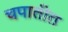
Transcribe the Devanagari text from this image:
चपातीत